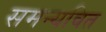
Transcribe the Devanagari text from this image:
समन्यवित